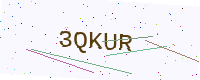
Text: 3QKUR